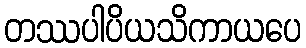
တဿပါပိယသိကာယပေ